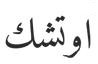
اوتشك